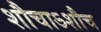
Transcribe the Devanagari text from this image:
शौचाऽशौच